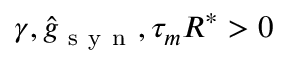
\gamma , \hat { g } _ { \mathrm { ~ s ~ y ~ n ~ } } , \tau _ { m } R ^ { * } > 0